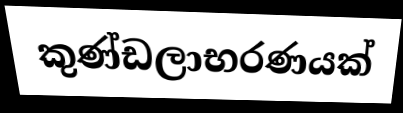
කුණ්ඩලාභරණයක්